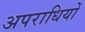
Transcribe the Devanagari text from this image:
अपराधियों